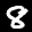
Label: 8